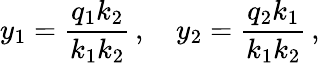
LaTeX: y_{1}=\frac{q_{1}k_{2}}{k_{1}k_{2}}\, ,\quad y_{2}=\frac{q_{2}k_{1}}{k_{1}k_{2}}\, ,